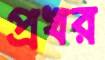
প্রখর